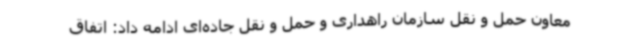
معاون حمل و نقل سازمان راهداری و حمل و نقل جاده‌ای ادامه داد: اتفاق